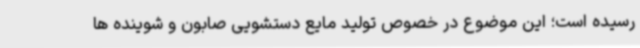
رسیده است؛ این موضوع در خصوص تولید مایع دستشویی صابون و شوینده ها